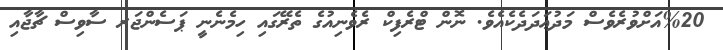
%20އަށްވުރެވެސް މަދުޢަދަދެކެއެވެ. ނޮން ޓްރެފިކް ރެވެނިއުގެ ތެރޭގައި ހިމެނެނީ ޕަސެންޖަރ ސާވިސް ޗާޖާއި